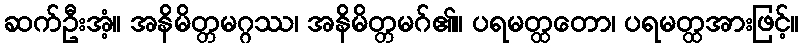
ဆက်ဦးအံ့။ အနိမိတ္တမဂ္ဂဿ၊ အနိမိတ္တမဂ်၏။ ပရမတ္ထတော၊ ပရမတ္ထအားဖြင့်။